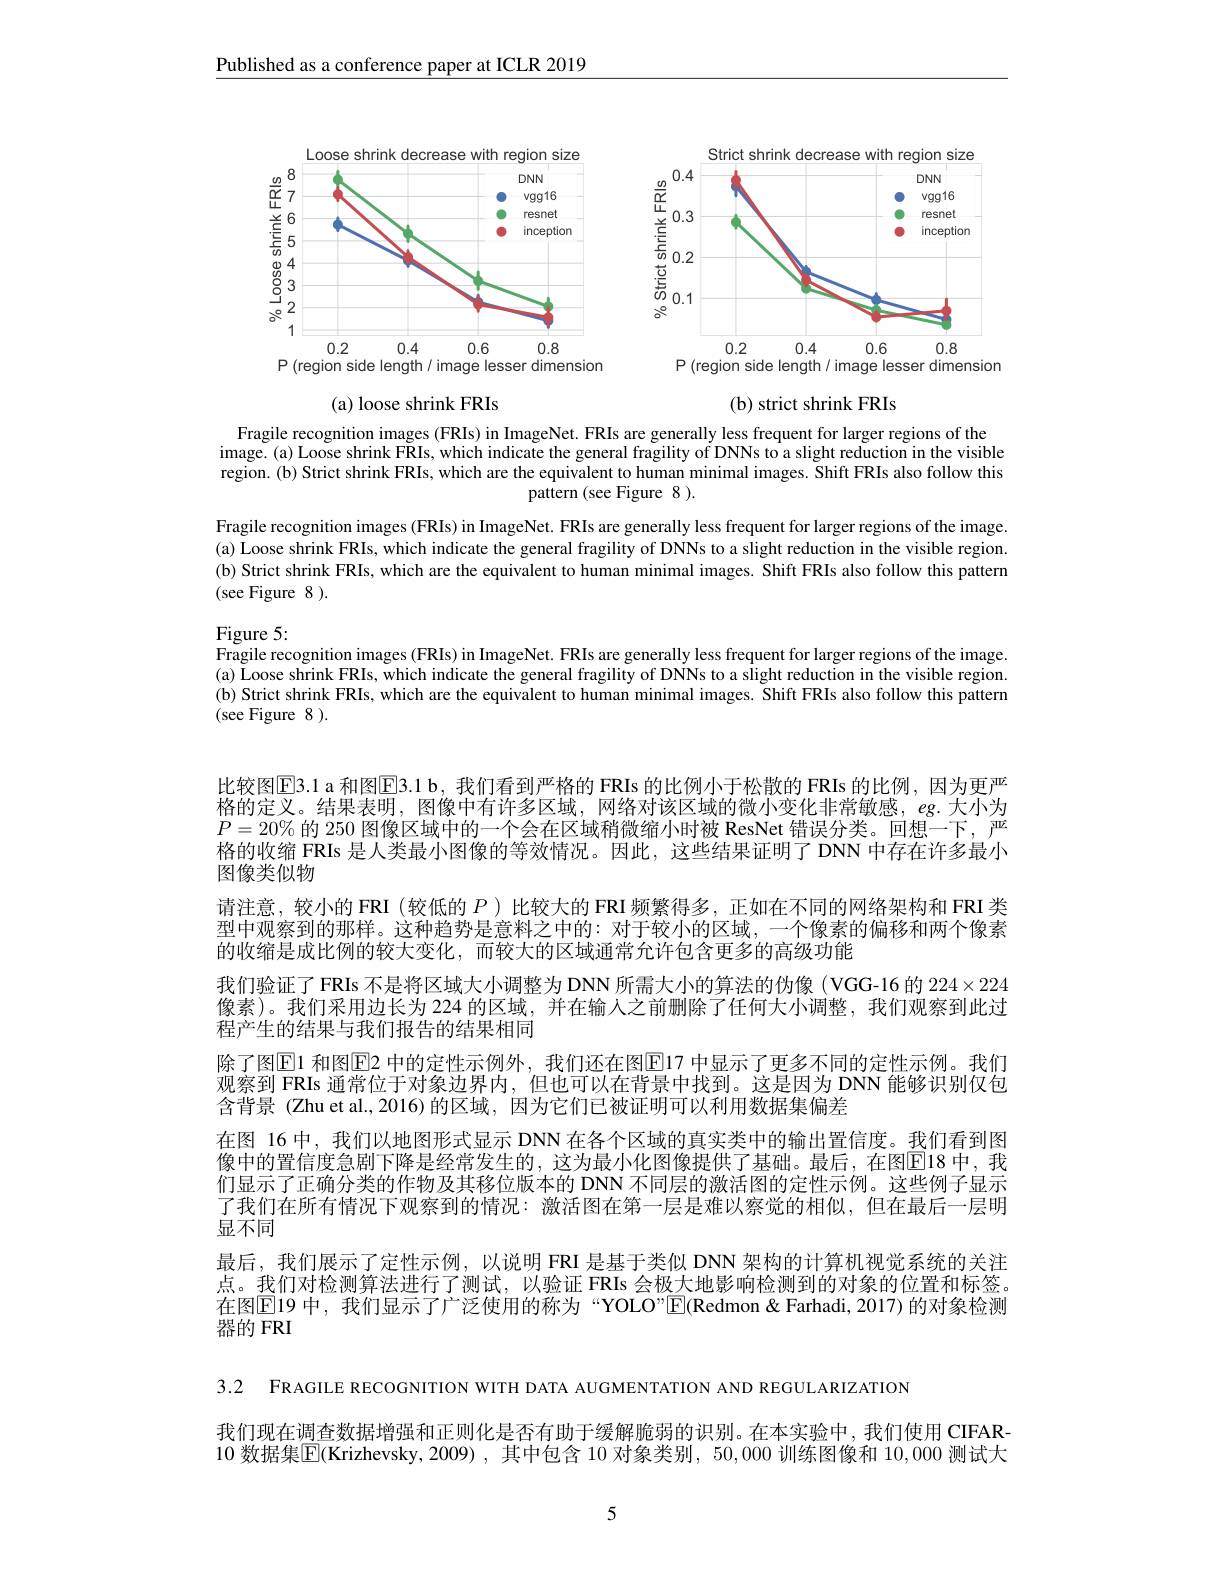
Published as a conference paper at ICLR 2019

<FigureHere>

<FigureHere>

(a) loose shrink FRIs

(b) strict shrink FRIs

Fragile recognition images (FRIs) in ImageNet. FRIs are generally less frequent for larger regions of the image.(a) Loose shrink FRIs, which indicate the general fragility of DNNs to a slight reduction in the visible region.(b) Strict shrink FRIs, which are the equivalent to human minimal images. Shift FRIs also follow this
pattern (see Figure 8 ).

Fragile recognition images (FRIs) in ImageNet. FRIs are generally less frequent for larger regions of the image. (a) Loose shrink FRIs, which indicate the general fragility of DNNs to a slight reduction in the visible region (b) Strict shrink FRIs, which are the equivalent to human minimal images. Shift FRIs also follow this pattern (see Figure 8 ).

$\underset{\Gamma}{\operatorname*{\text{Figure 5:}}}$
Fragile recognition images (FRIs) in ImageNet. FRIs are generally less frequent for larger regions of the image. (a) Loose shrink FRIs, which indicate the general fragility of DNNs to a slight reduction in the visible region. (b) Strict shrink FRIs, which are the equivalent to human minimal images. Shift FRIs also follow this pattern (see Figure 8 ).

比较图$\overline{\mathrm{E}}$3.1 a 和图$\overline{\mathrm{E}}$3.1 b, 我们看到严格的 FRIs 的比例小于松散的 FRIs 的比例，因为更严格的定义。结果表明，图像中有许多区域，网络对该区域的微小变化非常敏感，$eg.$大小为$P=20\%$的 250 图像区域中的一个会在区域稍微缩小时被 ResNet 错误分类。回想一下，严格的收缩 FRIs 是人类最小图像的等效情况。因此，这些结果证明了 DNN 中存在许多最小图像类似物
请注意，较小的 FRI (较低的$P$ )比较大的 FRI 频繁得多，正如在不同的网络架构和 FRI 类型中观察到的那样。这种趋势是意料之中的：对于较小的区域，一个像素的偏移和两个像素的收缩是成比例的较大变化，而较大的区域通常允许包含更多的高级功能
我们验证了 FRIs 不是将区域大小调整为 DNN 所需大小的算法的伪像 (VGG-16 的$224\times224$ 像素)。我们采用边长为 224 的区域，并在输人之前删除了任何大小调整，我们观察到此过程产生的结果与我们报告的结果相同
除了图$\color{red}{\mathrm{E}}$1 和图$\color{red}{\mathrm{E}}$2 中的定性示例外，我们还在图$\color{red}{\mathrm{E}}$17 中显示了更多不同的定性示例。我们观察到 FRIs 通常位于对象边界内，但也可以在背景中找到。这是因为 DNN 能够识别仅包含背景 (Zhu et al.,2016) 的区域，因为它们已被证明可以利用数据集偏差
在图 16 中，我们以地图形式显示 DNN 在各个区域的真实类中的输出置信度。我们看到图像中的置信度急剧下降是经常发生的，这为最小化图像提供了基础。最后，在图$\overline{\mathrm{E}}$18 中，我们显示了正确分类的作物及其移位版本的 DNN 不同层的激活图的定性示例。这些例子显示了我们在所有情况下观察到的情况：激活图在第一层是难以察觉的相似，但在最后一层明显不同
最后，我们展示了定性示例，以说明 FRI 是基于类似 DNN 架构的计算机视觉系统的关注点。我们对检测算法进行了测试，以验证 FRIs 会极大地影响检测到的对象的位置和标签。在图$\overline{\mathrm{E}}$19 中，我们显示了广泛使用的称为“YOLO”$\overline{\mathrm{E}}($Redmon &Farhadi, 2017) 的对象检测器的 FRI

3.2 FRAGILE RECOGNITION WITH DATA AUGMENTATION AND REGULARIZATION
我们现在调查数据增强和正则化是否有助于缓解脆弱的识别。在本实验中，我们使用 CIFAR- 10 数据集$\boxed{\mathrm{E}}$(Krizhevsky,2009),其中包含 10 对象类别，50,000 训练图像和 10,000 测试大

5